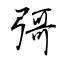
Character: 彁